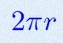
2\pi r